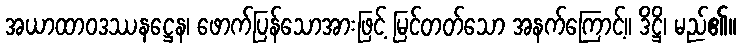
အယာထာဝဒဿနဋ္ဌေန၊ ဖောက်ပြန်သောအားဖြင့် မြင်တတ်သော အနက်ကြောင့်။ ဒိဋ္ဌိ၊ မည်၏။